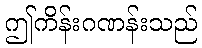
ဤကိန်းဂဏန်းသည်